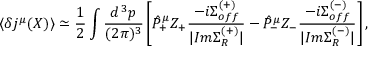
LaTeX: \langle \delta j ^ { \mu } ( X ) \rangle \simeq \frac { 1 } { 2 } \int \frac { d ^ { \, 3 } p } { ( 2 \pi ) ^ { 3 } } \left[ \hat { \cal P } _ { + } ^ { \mu } Z _ { + } \frac { - i \Sigma _ { o f f } ^ { ( + ) } } { | I m \Sigma _ { R } ^ { ( + ) } | } - \hat { \cal P } _ { - } ^ { \mu } Z _ { - } \frac { - i \Sigma _ { o f f } ^ { ( - ) } } { | I m \Sigma _ { R } ^ { ( - ) } | } \right] ,